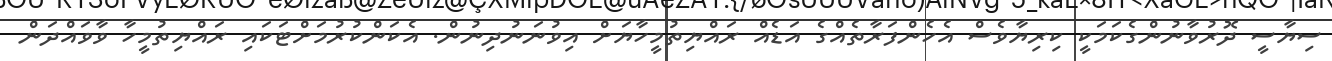
ސިޔާސީ ދޮރުވާނުންގެކަމަކީ ކިރިޔާވެސް އެހެންފަރާތެއްގެ އަޑެއް ރައްޔިތުމީހާޔަށް އިވުނަނުދިނުން. އެކަންކުރުމަށްޓަކައި ރައްޔިތުމީހާ ވާވައްދަން